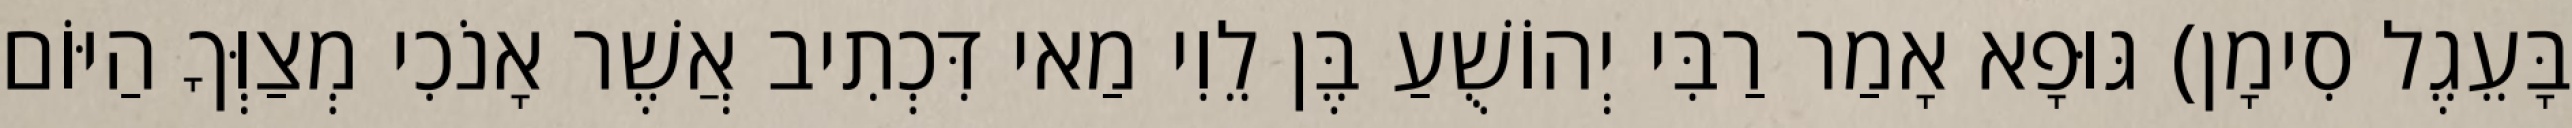
בָּעֵגֶל סִימָן) גּוּפָא אָמַר רַבִּי יְהוֹשֻׁעַ בֶּן לֵוִי מַאי דִּכְתִיב אֲשֶׁר אָנֹכִי מְצַוְּךָ הַיּוֹם